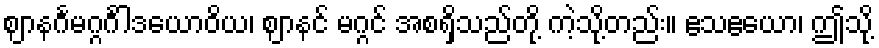
ဈာနင်္ဂမဂ္ဂင်္ဂါဒယောဝိယ၊ ဈာနင် မဂ္ဂင် အစရှိသည်တို့ ကဲ့သို့တည်း။ ဧသဧယော၊ ဤသို့